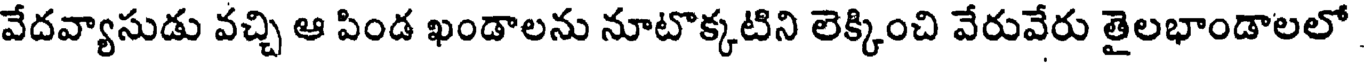
వేదవ్యాసుడు వచ్చి ఆ పిండ ఖండాలను నూటొక్కటిని లెక్కించి వేరువేరు తైలభాండాలలో